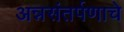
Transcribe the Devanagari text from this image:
अन्नसंतर्पणाचे